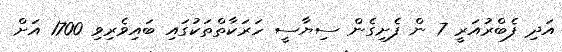
އަދި ފެބްރުއަރީ 7 ން ފެށިގެން ސިޔާސީ ހަރަކާތްތަކުގައި ބައިވެރިވި 1700 އަށް